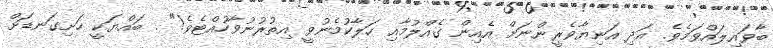
ބާވައިލައްވަމެވެ. އަދި އަނިޔާވެރީންނަށް އެއިން ގެއްލުމާއި ހަލާކުމެނުވީ އިތުރުނުވާހުއްޓެވެ!" . ބައްޔަކީ ހަށިގަނޑަށް